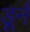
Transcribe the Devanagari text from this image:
डूर्न